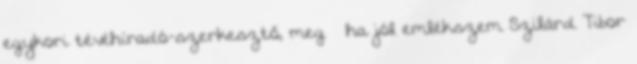
egykori tévéhíradó-szerkesztő, meg – ha jól em­lékszem Szilárd Tibor